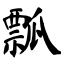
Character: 瓢